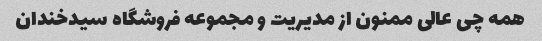
همه چی عالی ممنون از مدیریت و مجموعه فروشگاه سیدخندان